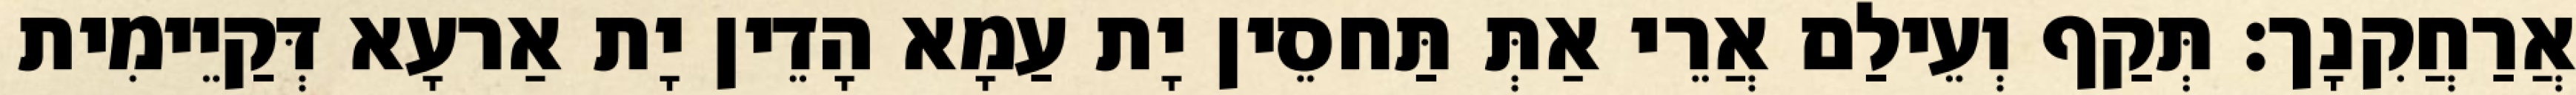
אֲרַחֲקִנָך׃ תְּקַף וְעֵילַם אֲרֵי אַתְּ תַּחסֵין יָת עַמָא הָדֵין יָת אַרעָא דְּקַיֵימִית